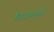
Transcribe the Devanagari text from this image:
चिओन्दोग्यो